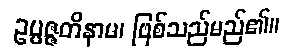
ဥပ္ပဇ္ဇတိနာမ၊ ဖြစ်သည်မည်၏။